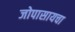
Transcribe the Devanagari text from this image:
जोपासायचा